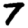
Digit: 7